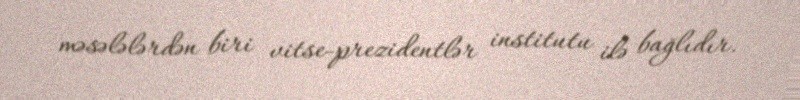
məsələlərdən biri vitse-prezidentlər institutu ilə bağlıdır.